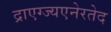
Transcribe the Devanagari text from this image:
द्राएग्ज्यएनेरतेद